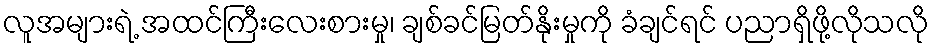
လူအများရဲ့ အထင်ကြီးလေးစားမှု၊ ချစ်ခင်မြတ်နိုးမှုကို ခံချင်ရင် ပညာရှိဖို့လိုသလို